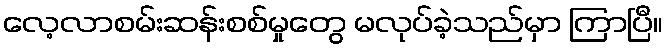
လေ့လာစမ်းဆန်းစစ်မှုတွေ မလုပ်ခဲ့သည်မှာ ကြာပြီ။